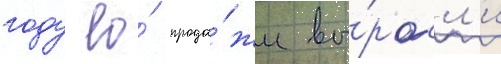
году ео́ прода́жи вы́росл'и